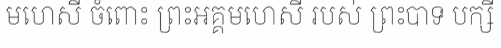
មហេសី ចំពោះ ព្រះអគ្គមហេសី របស់ ព្រះបាទ បក្សី